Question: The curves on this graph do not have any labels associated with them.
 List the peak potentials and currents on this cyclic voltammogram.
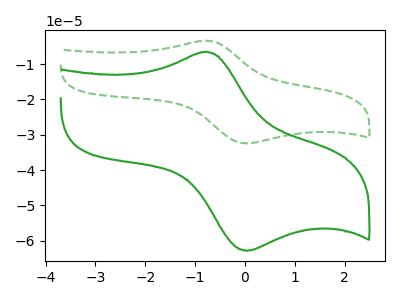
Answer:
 <answer>The green dashed curve "green dashed" has an anodic peak at (-0.80V, -3.40uA) and a cathodic peak at (0.05V, -32.45uA). The green curve "green" has an anodic peak at (-0.80V, -6.60uA) and a cathodic peak at (0.05V, -62.85uA).</answer>
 <eval></eval>